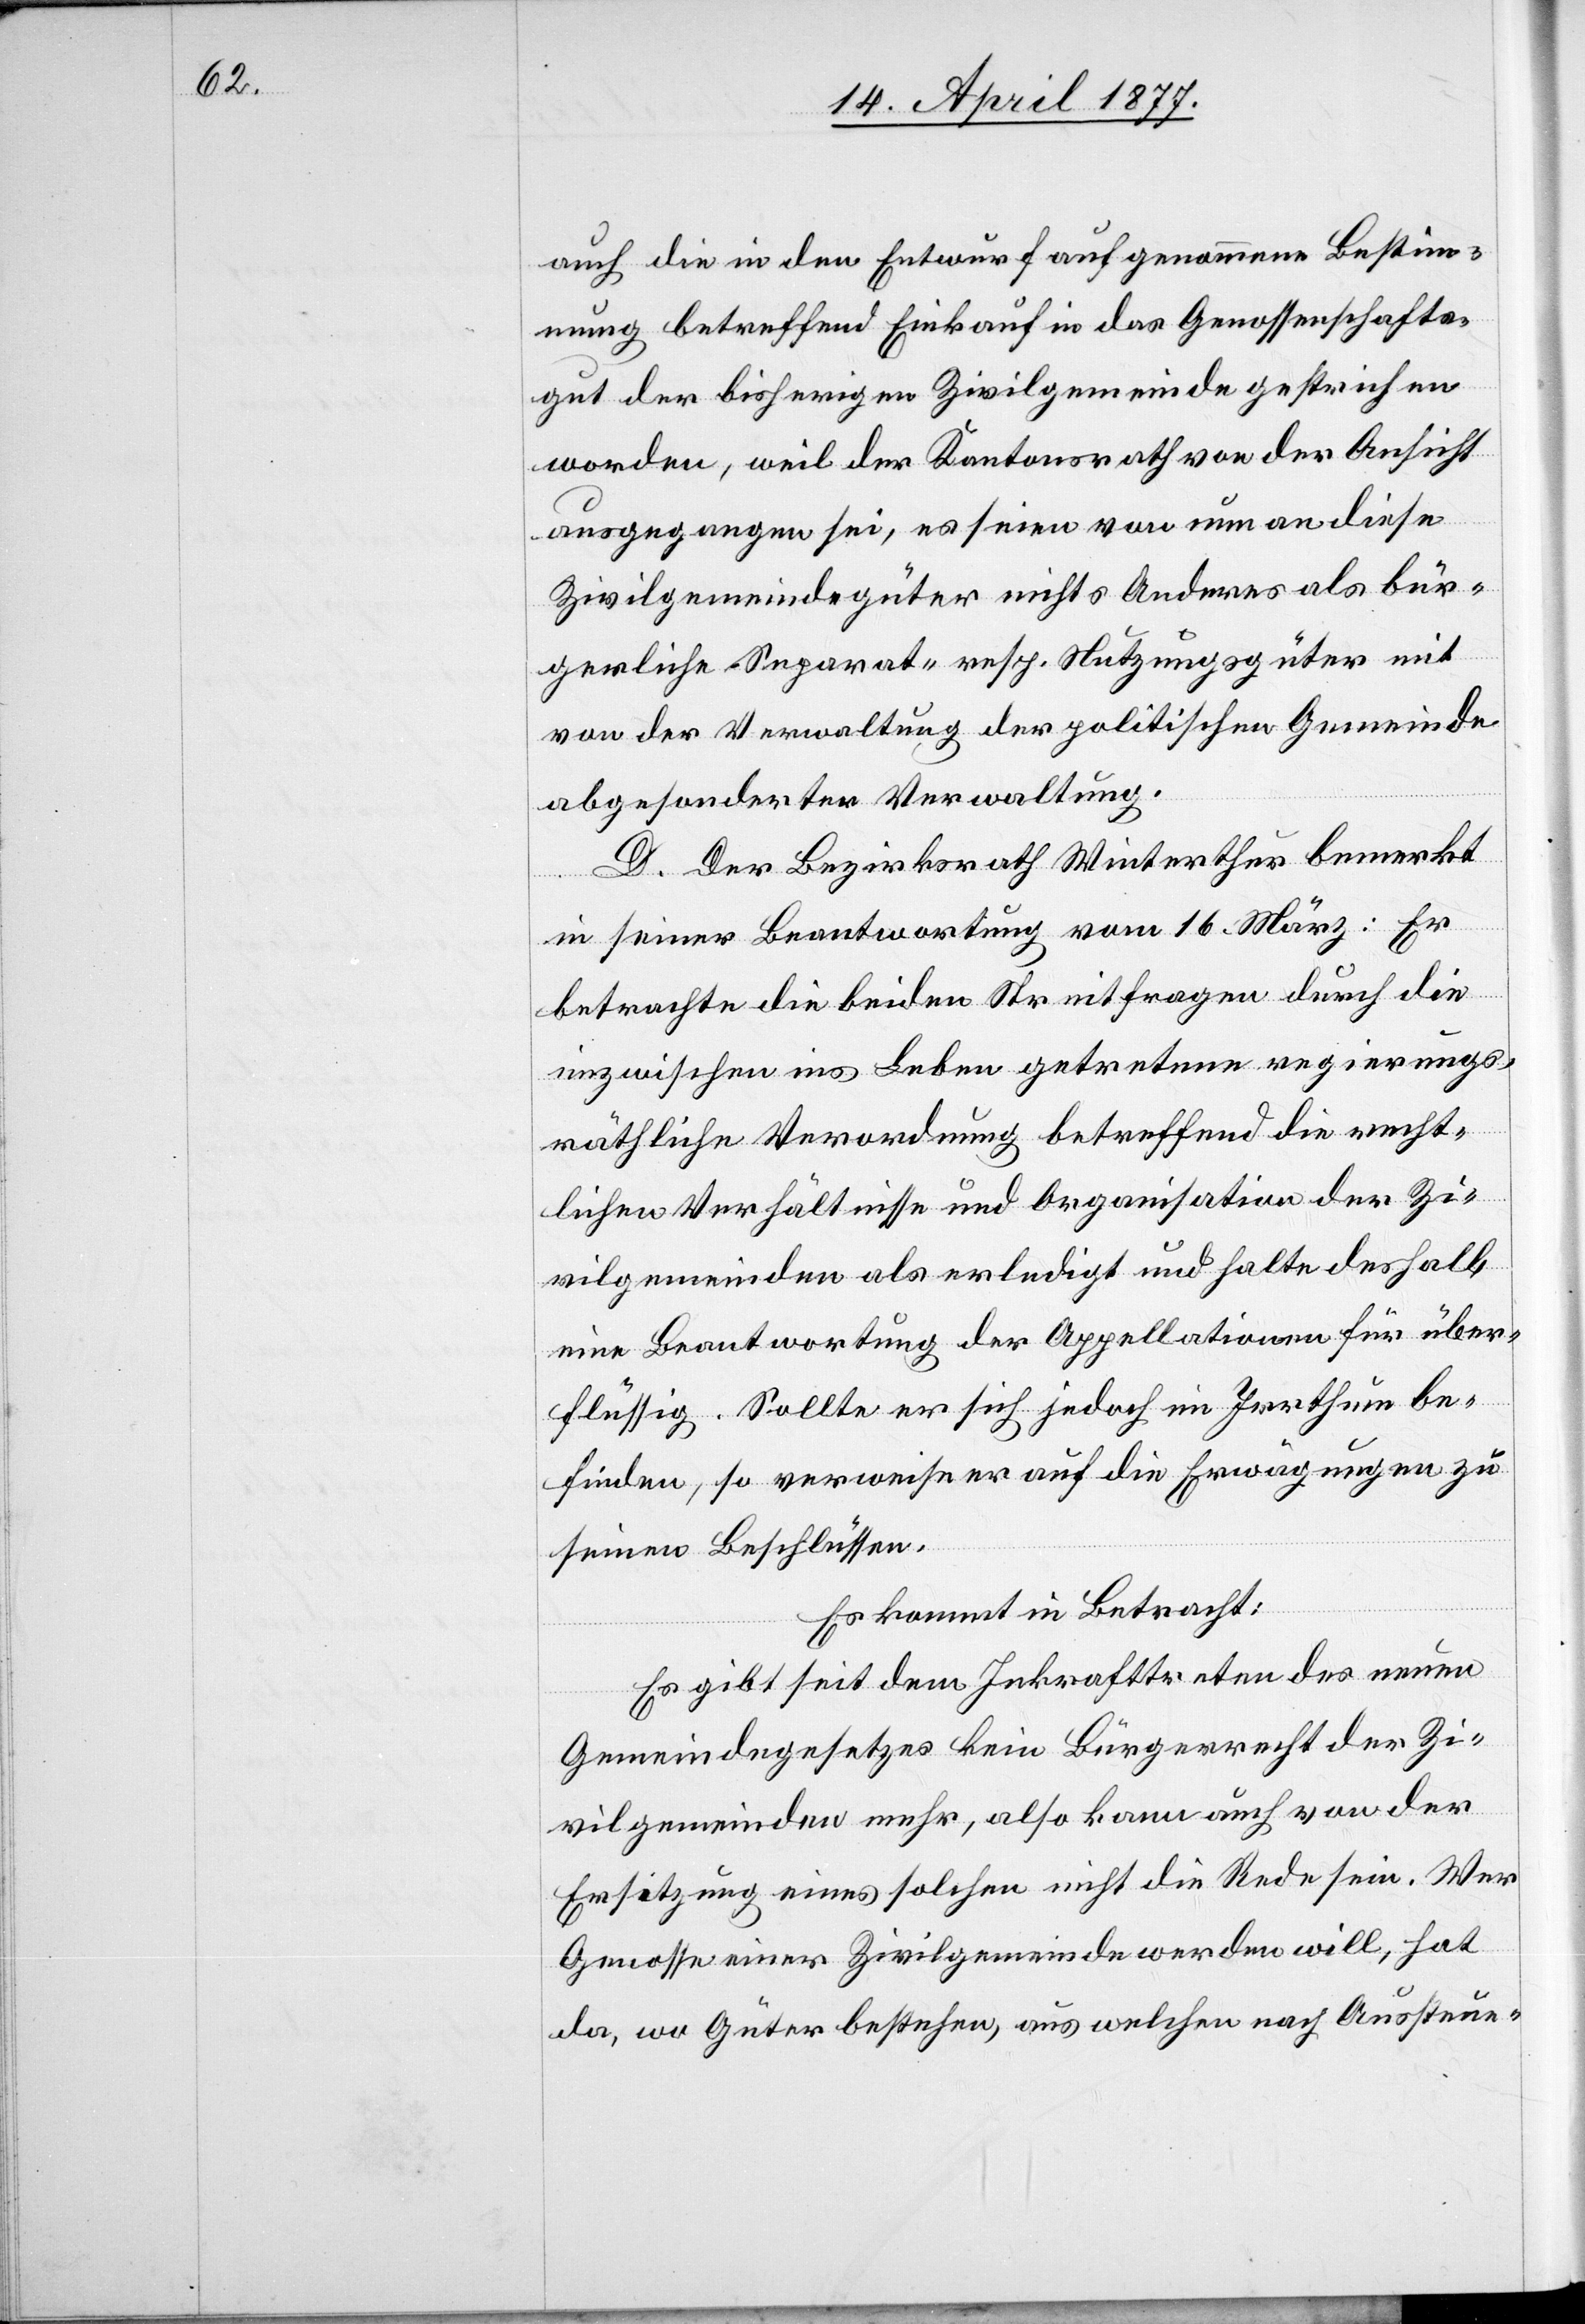
auch die in den Entwurf aufgenommene Bestim¬
mung betreffend Einkauf in das Genossenschafts¬
gut der bisherigen Zivilgemeinde gestrichen
worden, weil der Kantonsrath von der Ansicht
ausgegangen sei, es seien von nun an diese
Zivilgemeindegüter nichts Anderes als bür¬
gerliche Separat- resp. Nutzungsgüter mit
von der Verwaltung der politischen Gemeinde
abgesonderter Verwaltung.
D. Der Bezirksrath Winterthur bemerkt
in seiner Beantwortung vom 16. März: Er
betrachte die beiden Streitfragen durch die
inzwischen ins Leben getretene regierungs¬
räthliche Verordnung betreffend die recht¬
lichen Verhältnisse und Organisation der Zi¬
vilgemeinden als erledigt und halte deshalb
eine Beantwortung der Appellationen für über¬
flüssig. Sollte er sich jedoch im Irrthum be¬
finden, so verweise er auf die Erwägungen zu
seinen Beschlüssen.
Es kommt in Betracht:
Es gibt seit dem Inkrafttreten des neuen
Gemeindegesetzes kein Bürgerrecht der Zi¬
vilgemeinden mehr, also kann auch von der
Ersetzung eines solchen nicht die Rede sein. Wer
Genosse einer Zivilgemeinde werden will, hat
da, wo Güter bestehen, aus welchen nach Aussteue-